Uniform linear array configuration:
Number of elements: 12
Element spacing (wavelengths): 1
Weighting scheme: cosine
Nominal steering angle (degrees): -15
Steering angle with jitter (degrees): -15.474
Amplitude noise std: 0.05
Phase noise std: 0.05

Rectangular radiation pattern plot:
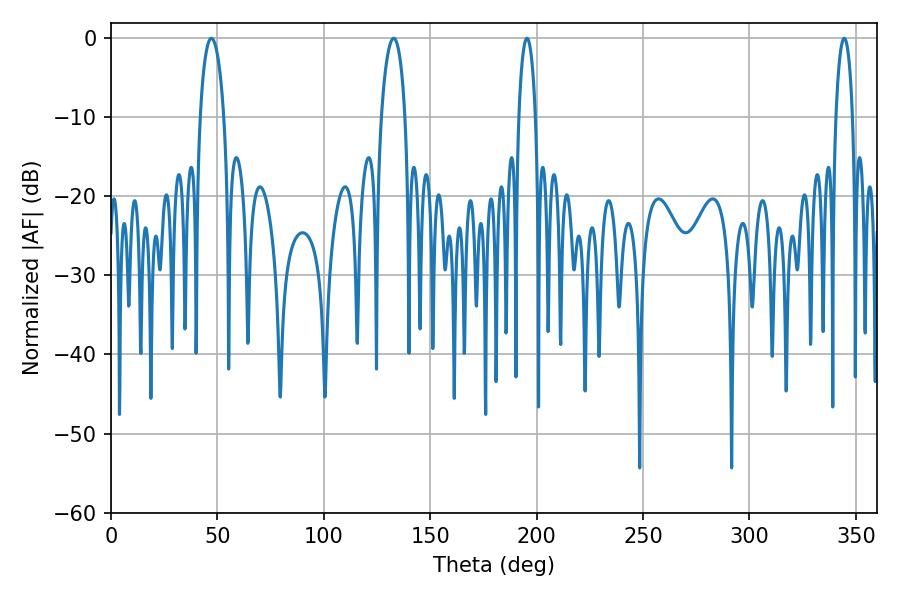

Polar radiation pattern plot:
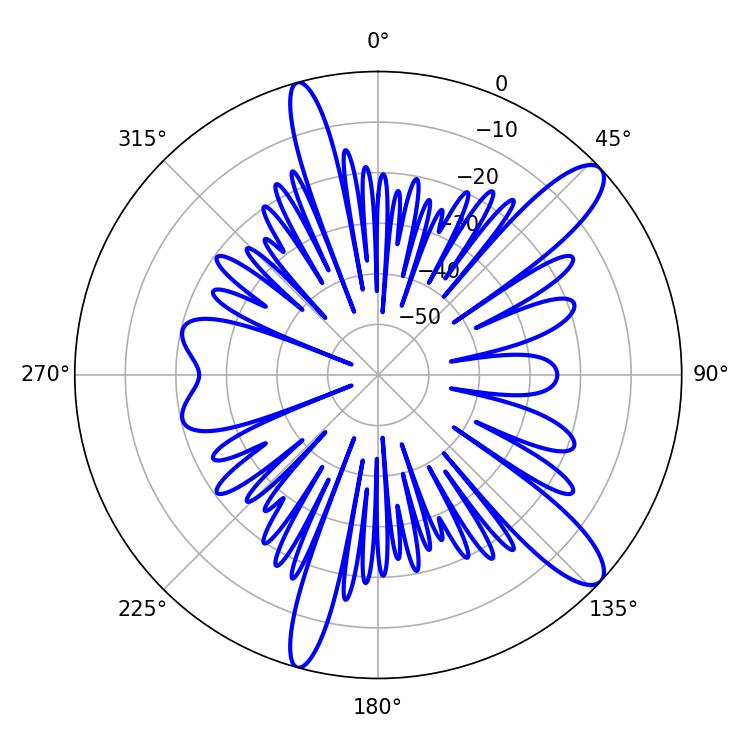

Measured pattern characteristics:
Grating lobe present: TRUE
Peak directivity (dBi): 11.875
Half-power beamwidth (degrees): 6.3
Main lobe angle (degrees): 47.16